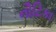
નૌટિકા